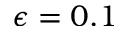
\epsilon = 0 . 1